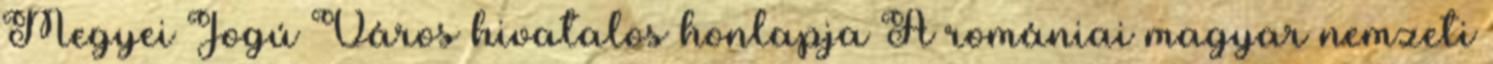
Megyei Jogú Város hivatalos honlapja A romániai magyar nemzeti